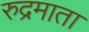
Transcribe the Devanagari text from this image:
रुद्रमाता